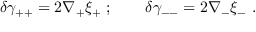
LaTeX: \delta \gamma _ { + + } = 2 \nabla _ { + } \xi _ { + } ~ ; \qquad \delta \gamma _ { -- } = 2 \nabla _ { - } \xi _ { - } ~ .